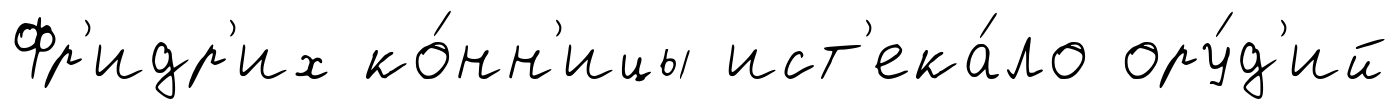
Фр'идр'их ко́нн'ицы ист'ека́ло ору́д'ий